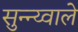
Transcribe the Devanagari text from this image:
सुन्न्य्वाले